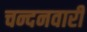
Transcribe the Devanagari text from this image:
चन्दनवारी